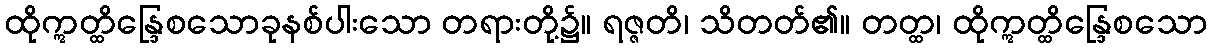
ထိုဣတ္ထိန္ဒြေစသောခုနစ်ပါးသော တရားတို့၌။ ရဇ္ဇတိ၊ သိတတ်၏။ တတ္ထ၊ ထိုဣတ္ထိန္ဒြေစသော